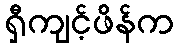
ရှီကျင့်ဖိန်က